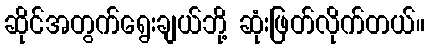
ဆိုင်အတွက်ရွေးချယ်ဘို့ ဆုံးဖြတ်လိုက်တယ်။